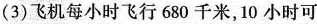
(3)飞机每小时飞行680千米，10小时可